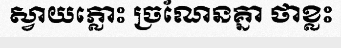
ស្វាយភ្លោះ ច្រណែនគ្នា ថាខ្លះ